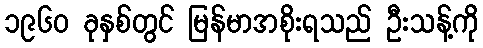
၁၉၆၀ ခုနှစ်တွင် မြန်မာအစိုးရသည် ဦးသန့်ကို